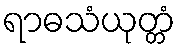
ရာဓသံယုတ္တံ